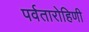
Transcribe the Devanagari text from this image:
पर्वतारोहिणी